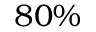
8 0 \%